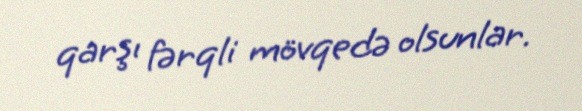
qarşı fərqli mövqedə olsunlar.